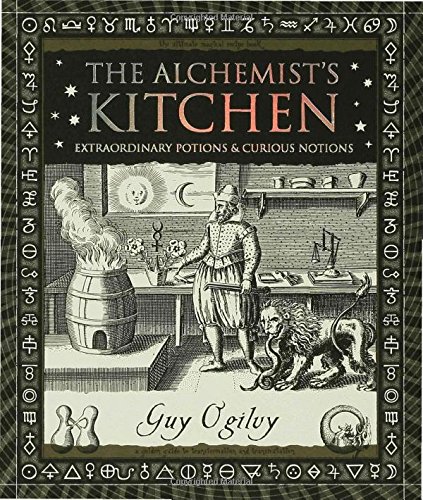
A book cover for The -Alchemist's Kitchen: Extraordinary Potions & Curious Notions (Wooden Books); Guy Ogilvy; Religion & Spirituality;